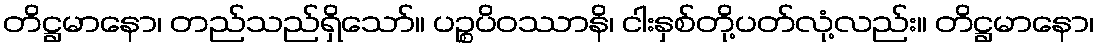
တိဋ္ဌမာနော၊ တည်သည်ရှိသော်။ ပဉ္စပိဝဿာနိ၊ ငါးနှစ်တို့ပတ်လုံ့လည်း။ တိဋ္ဌမာနော၊